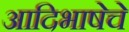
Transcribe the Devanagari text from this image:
आदिभाषेचे